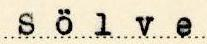
Sölve